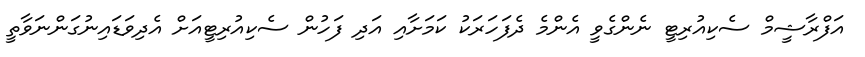
އަފްރާޝީމް ސެކިއުރިޓީ ނެންގެވީ އެންމެ ދެފަހަރަކު ކަމަށާއި އަދި ފަހުން ސެކިއުރިޓީއަށް އެދިވަޑައިނުގަންނަވާތީ